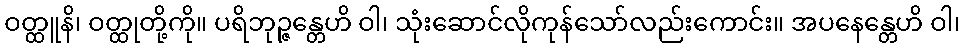
ဝတ္ထူနိ၊ ဝတ္ထုတို့ကို။ ပရိဘုဉ္ဇန္တေဟိ ဝါ၊ သုံးဆောင်လိုကုန်သော်လည်းကောင်း။ အပနေန္တေဟိ ဝါ၊